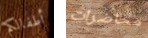
أطفالكم محاضرات